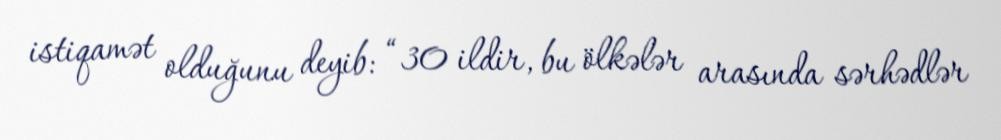
istiqamət olduğunu deyib: “30 ildir, bu ölkələr arasında sərhədlər